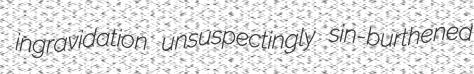
ingravidation unsuspectingly sin-burthened